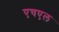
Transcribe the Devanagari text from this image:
एचएल